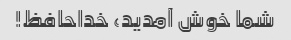
شما خوش آمدید، خداحافظ!